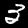
Digit: 3